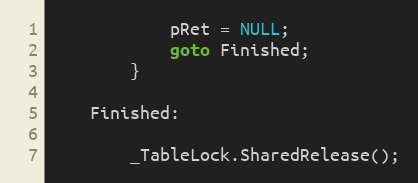
Language: C
            pRet = NULL;
            goto Finished;
        }

    Finished:

        _TableLock.SharedRelease();